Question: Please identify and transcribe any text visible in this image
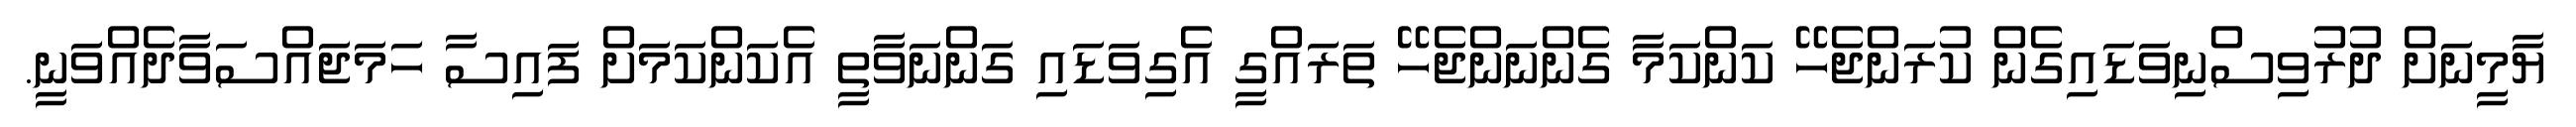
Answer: ޔާމީނަށް ދުރުވިސްނިވަޑައިގެން ކުރަންޖެހޭ ކަންކަމާ ގެންނަންޖެހޭ ތަރައްގީ އެގިވަޑައި ގަންނަވާތީ އެކަންކަމަށް ފައިސާ ހަމަޖައްސަވާދެއްވަނީ.